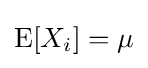
\mathrm {E} [X_{i}]=\mu